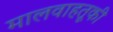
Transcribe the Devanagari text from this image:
मालवाहतूकी